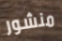
منشور